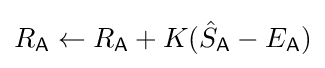
R_{\mathsf {A}}\leftarrow R_{\mathsf {A}}+K({\hat {S}}_{\mathsf {A}}-E_{\mathsf {A}})